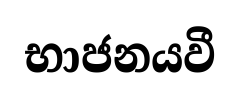
භාජනයවී